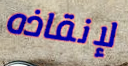
لإنقاذه